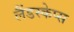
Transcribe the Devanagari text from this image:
लैंडस्केप्स